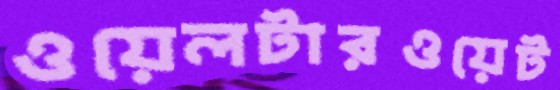
ওয়েলটারওয়েট